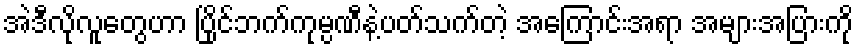
အဲဒီလိုလူတွေဟာ ပြိုင်ဘက်ကုမ္ပဏီနဲ့ပတ်သက်တဲ့ အကြောင်းအရာ အများအပြားကို